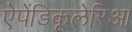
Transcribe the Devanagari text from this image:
ऐपेंडिकूलेरिआ